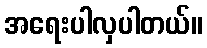
အရေးပါလှပါတယ်။